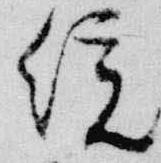
統